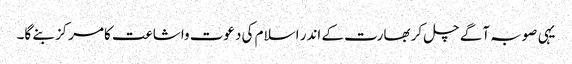
یہی صوبہ آگے چل کر بھارت کے اندر اسلام کی دعوت واشاعت کامرکز بنے گا۔